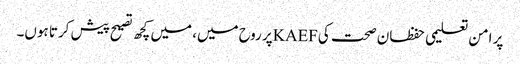
پر امن تعلیمی حفظان صحت کیKAEFپر روح میں، میں کچھ تصیح پیش کرتا ہوں۔